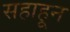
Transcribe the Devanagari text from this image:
सहाहून